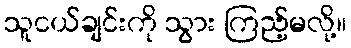
သူငယ်ချင်းကို သွား ကြည့်မလို့။